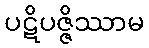
ပဋိပဇ္ဇိဿာမ